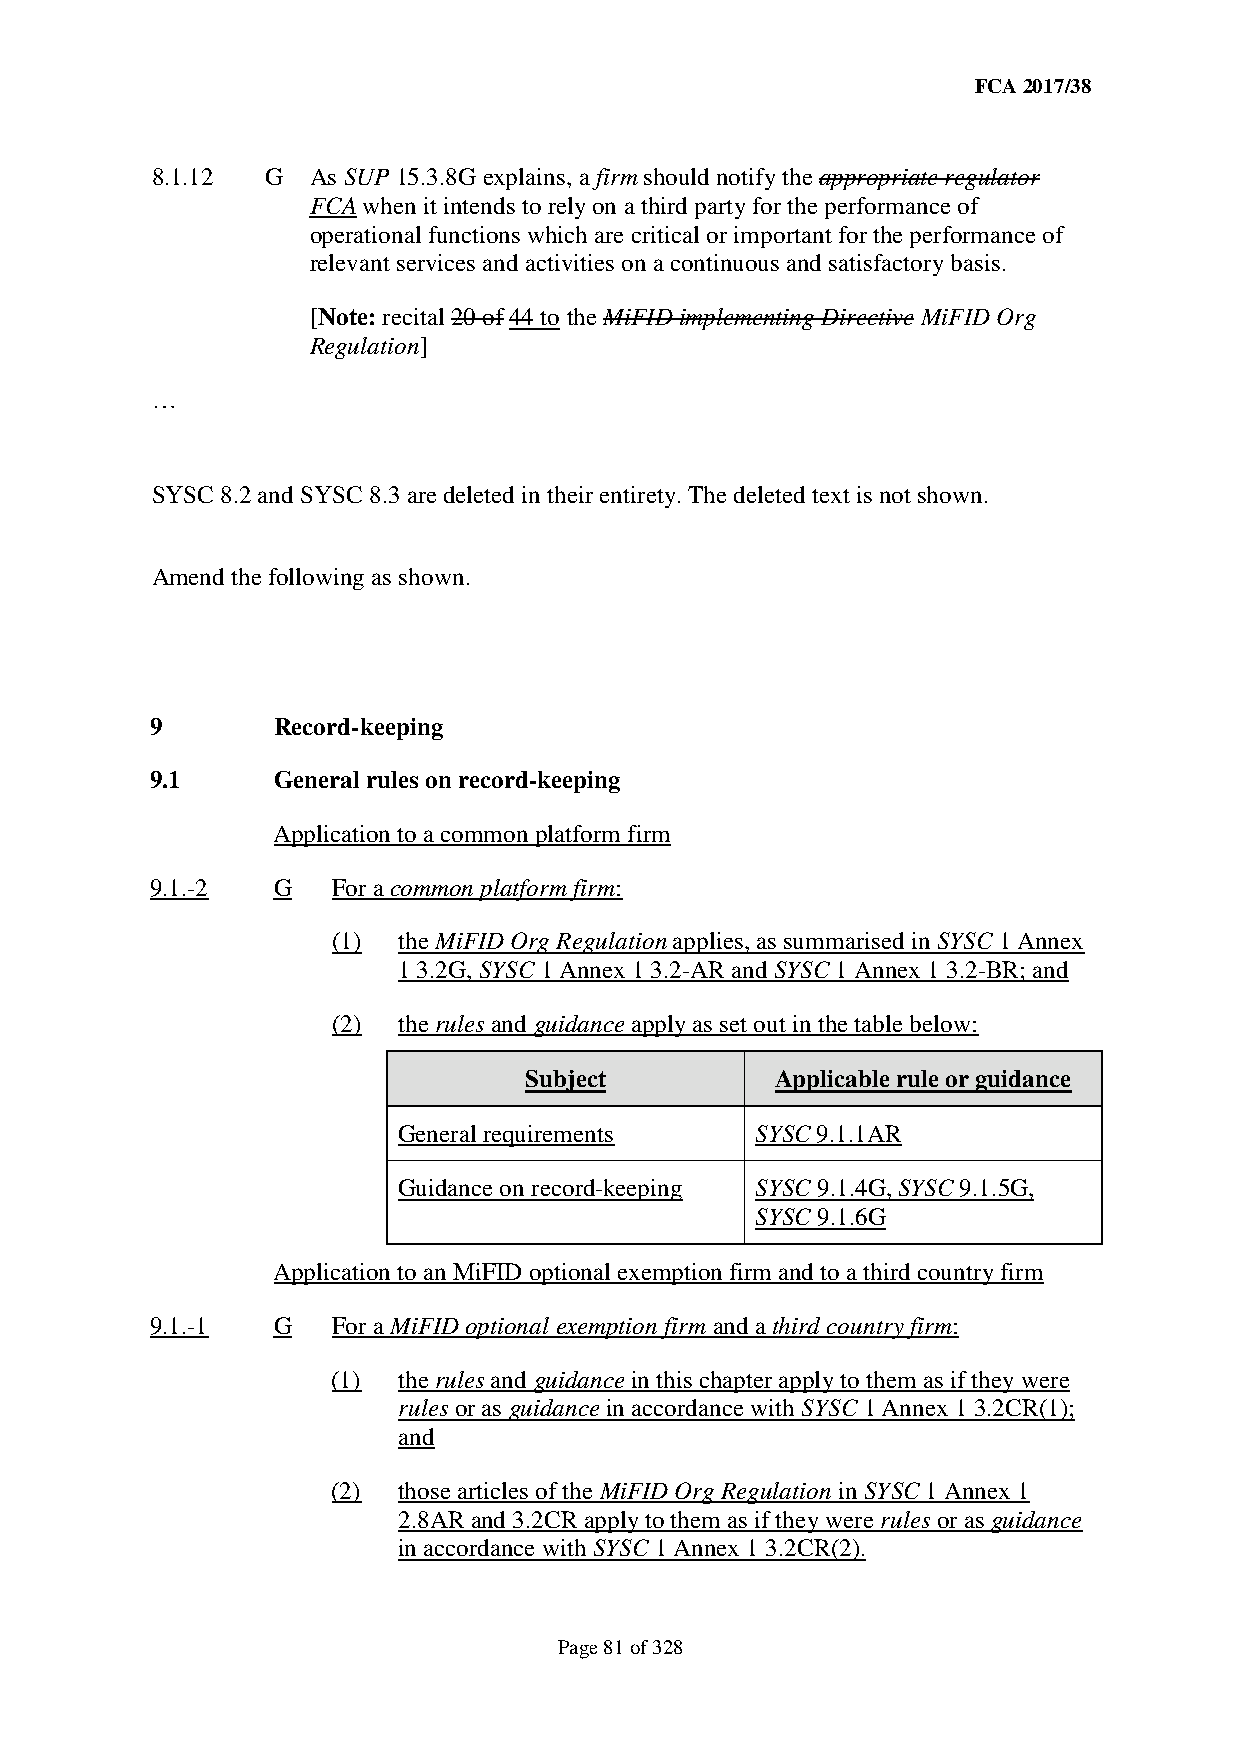
FCA 2017/38
 8.1.12  G As SUP 15.3.8G explains, a firm should notify the appropriate regulator
 FCA when it intends to rely on a third party for the performance of
 operational functions which are critical or important for the performance of
 relevant services and activities on a continuous and satisfactory basis.
 [Note: recital 20 of 44 to the MiFID implementing Directive MiFID Org
 Regulation]
 …
 SYSC 8.2 and SYSC 8.3 are deleted in their entirety. The deleted text is not shown.
 Amend the following as shown.
 9       Record-keeping
 9.1     General rules on record-keeping
 Application to a common platform firm
 9.1.-2  G   For a common platform firm:
 (1) the MiFID Org Regulation applies, as summarised in SYSC 1 Annex
 1 3.2G, SYSC 1 Annex 1 3.2-AR and SYSC 1 Annex 1 3.2-BR; and
 (2) the rules and guidance apply as set out in the table below:
 Subject         Applicable rule or guidance
 General requirements    SYSC 9.1.1AR
 Guidance on record-keeping SYSC 9.1.4G, SYSC 9.1.5G,
 SYSC 9.1.6G
 Application to an MiFID optional exemption firm and to a third country firm
 9.1.-1  G   For a MiFID optional exemption firm and a third country firm:
 (1) the rules and guidance in this chapter apply to them as if they were
 rules or as guidance in accordance with SYSC 1 Annex 1 3.2CR(1);
 and
 (2) those articles of the MiFID Org Regulation in SYSC 1 Annex 1
 2.8AR and 3.2CR apply to them as if they were rules or as guidance
 in accordance with SYSC 1 Annex 1 3.2CR(2).
 Page 81 of 328